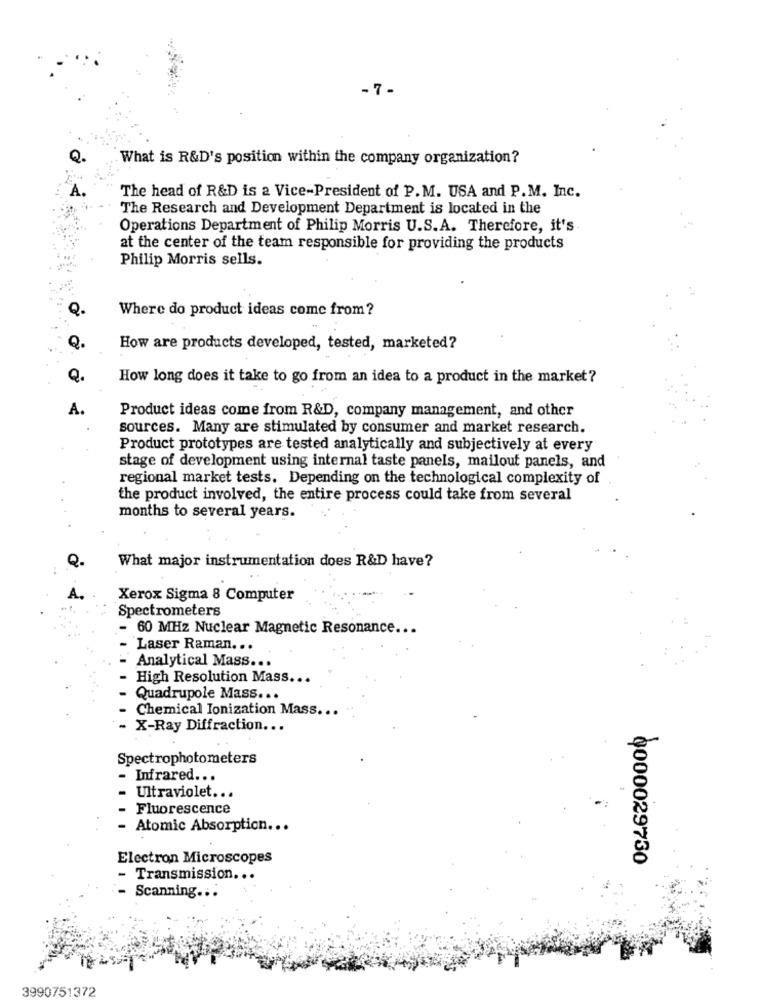
-7-
What is R&D's position within the company organization?
The head of R&D is a Vice-President of P.M. USA and P.M. Inc.
The Research and Development Department is located in the
Operations Department of Philip Morris U.S.A. Therefore, it's
at the center of the team responsible for providing the products
Philip Morris sells.
Q-
Where do product ideas come from ?
Q.
How are products developed, tested, marketed?
How long does it take to go from an idea to a product in the market?
A.
Product ideas come from R&D, company management, and other
sources. Many are stimulated by consumer and market research.
Product prototypes are tested analytically and subjectively at every
stage of development using internal taste panels, mailout panels, and
regional market tests. Depending on the technological complexity of
the product involved, the entire process could take from several
months to several years.
What major instrumentation does R&D have?
Xerox Sigma 8 Computer
Spectrometers
- 60 MHz Nuclear Magnetic Resonance.
Laser Raman. ..
Analytical Mass ...
High Resolution Mass ...
Quadrupole Mass ...
Chemical Ionization Mass ...
- X-Ray Diffraction ...
Spectrophotometers
Infrared ...
Ultraviolet ...
Fluorescence
- Atomic Absorption ...
Electron Microscopes
0000029730
- Transmission. ..
- Scanning ...
3990751372